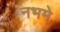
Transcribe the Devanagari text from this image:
नभमे